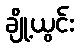
ချို့ယွင်း